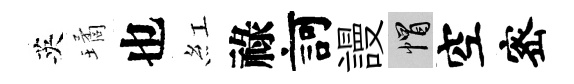
英璚也紅祿訶謾帽空宻